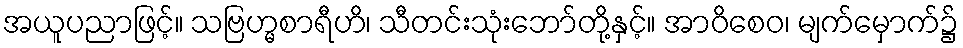
အယူပညာဖြင့်။ သဗြဟ္မစာရီဟိ၊ သီတင်းသုံးဘော်တို့နှင့်။ အာဝိစေဝ၊ မျက်မှောက်၌